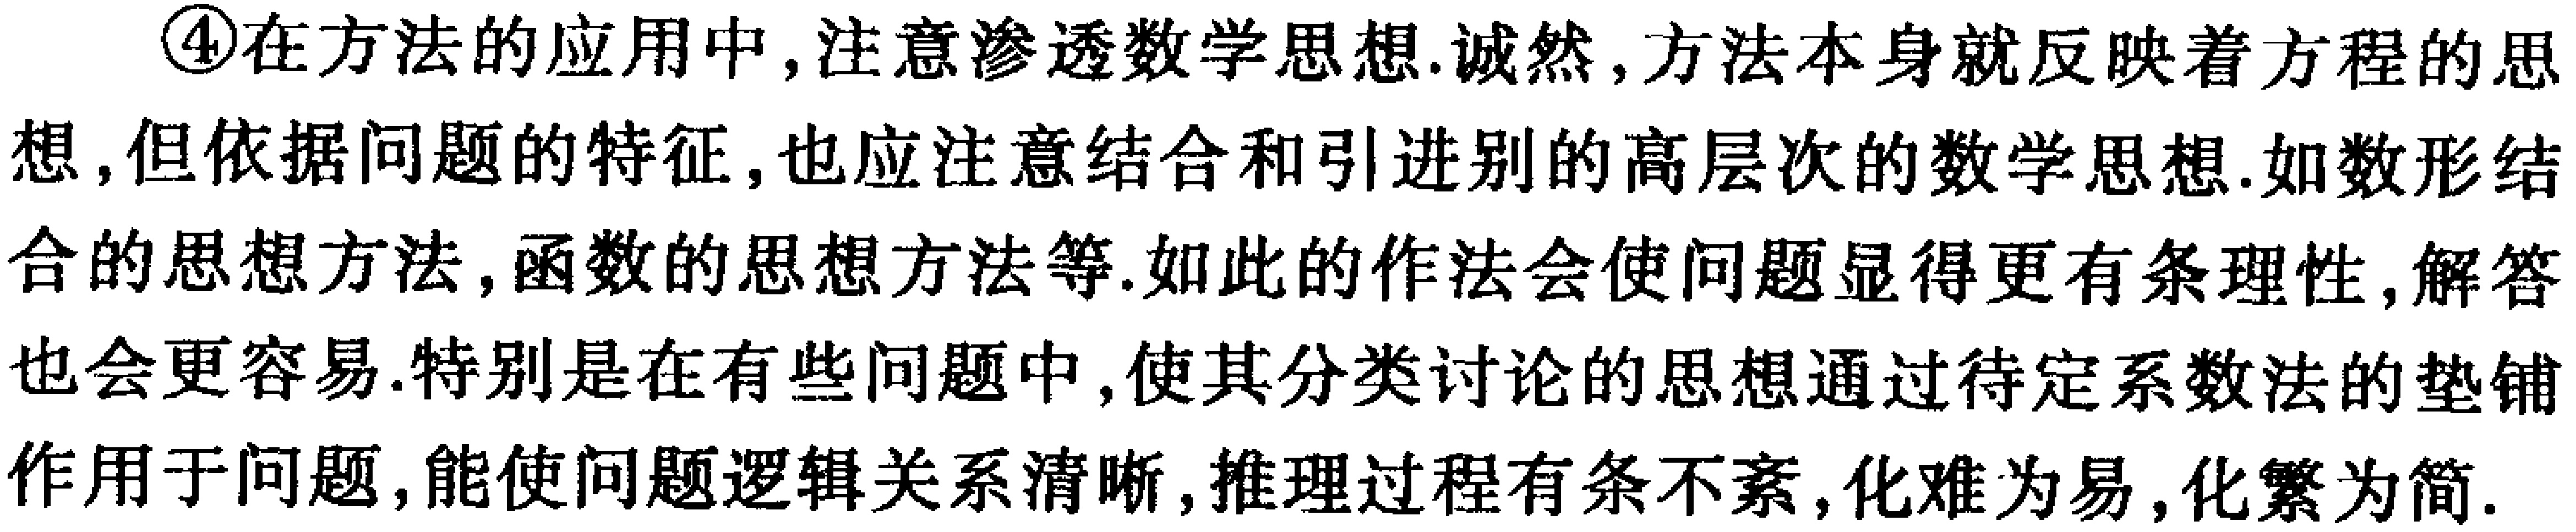
\begin{enumerate}
\item 在方法的应用中, 注意渗透数学思想. 诚然, 方法本身就反映着方程的思想, 但依据问题的特征, 也应注意结合和引进别的高层次的数学思想. 如数形结合的思想方法, 函数的思想方法等. 如此的作法会使问题显得更有条理性, 解答也会更容易. 特别是在有些问题中, 使其分类讨论的思想通过待定系数法的垫铺作用于问题, 能使问题逻辑关系清晰, 推理过程有条不紊, 化难为易, 化繁为简.
\end{enumerate}